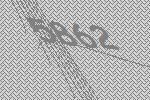
5862